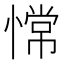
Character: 𫺺